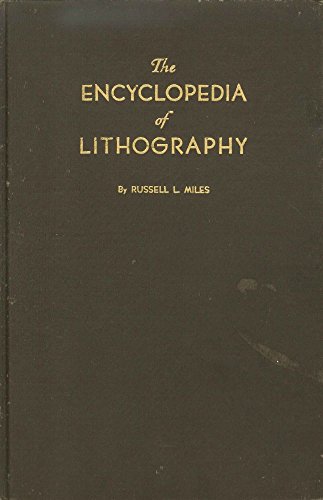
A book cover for The Encyclopedia of Lithography; Russell L. Miles; Arts & Photography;